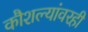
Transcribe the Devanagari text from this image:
कौशल्यांवरही